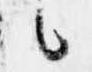
候